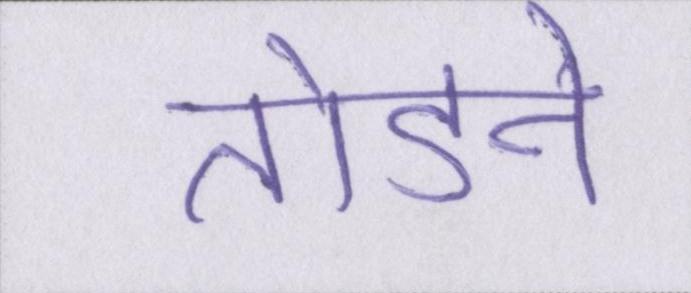
तोडने